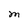
Character: M